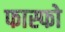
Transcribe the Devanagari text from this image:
फास्फो